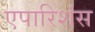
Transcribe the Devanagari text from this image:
एपारिशंस